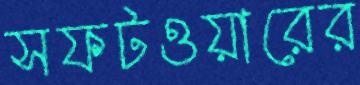
সফটওয়ারের